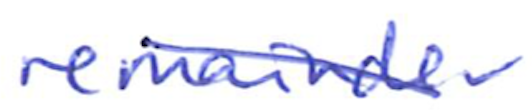
Text: remainder
Cross-out: diagonal
Writing tool: ballpoint